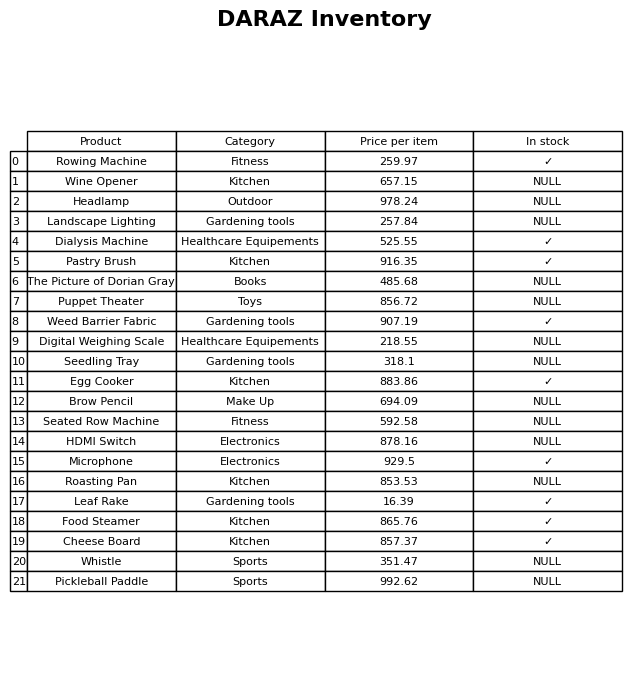
question: What is the price for Wine Opener?
answer: The price of Wine Opener is 657.15.